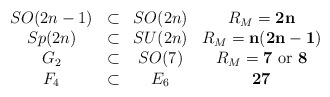
\begin{align*}\begin{array}{ccccc} & SO(2n-1) & \subset & SO(2n) & R_M={\bf 2n}\\ & Sp(2n) & \subset & SU(2n) & R_M={\bf n (2n-1)}\\ & G_2 & \subset & SO(7) & R_M={\bf 7} {\rm \ or\ } {\bf 8}\\ & F_4 & \subset & E_6 & {\bf 27}\end{array}\end{align*}